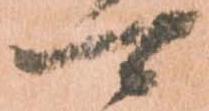
可